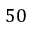
5 0